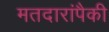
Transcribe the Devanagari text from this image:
मतदारांपैकी